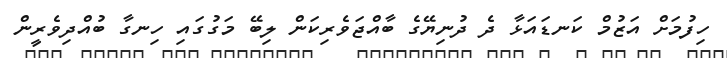
ހިފުމަށް އަޒުމް ކަނޑައަޅާ ދެ ދުނިޔޭގެ ބާއްޖަވެރިކަން ލިބޭ މަގުގައި ހިނގާ ބުއްދިވެރީން